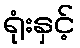
ရုံးနှင့်